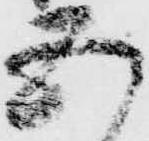
五